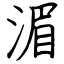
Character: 湄